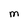
Character: M